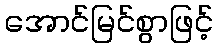
အောင်မြင်စွာဖြင့်